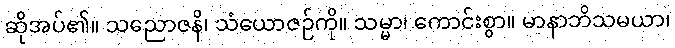
ဆိုအပ်၏။ သညောဇနိ၊ သံယောဇဉ်ကို။ သမ္မာ၊ ကောင်းစွာ။ မာနာဘိသမယာ၊